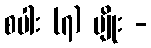
စပါး (၇) မျိုး -